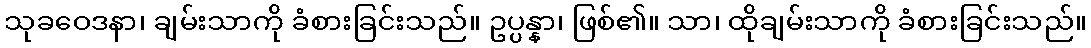
သုခဝေဒနာ၊ ချမ်းသာကို ခံစားခြင်းသည်။ ဥပ္ပန္နာ၊ ဖြစ်၏။ သာ၊ ထိုချမ်းသာကို ခံစားခြင်းသည်။